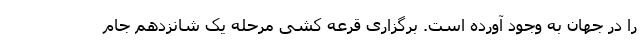
را در جهان به وجود آورده است. برگزاری قرعه کشی مرحله یک شانزدهم جام